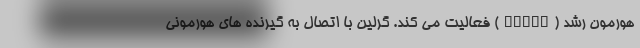
هورمون رشد (GHRHR) فعالیت می کند. گرلین با اتصال به گیرنده های هورمونی